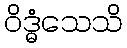
ဝိဒ္ဓံသေသိ